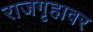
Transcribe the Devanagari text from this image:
राजगृहावर